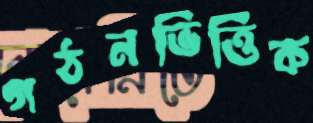
গঠনভিত্তিক